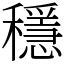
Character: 穩